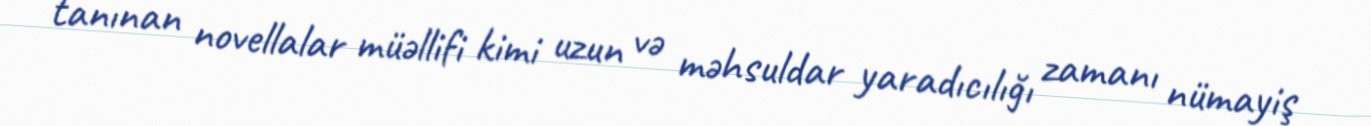
tanınan novellalar müəllifi kimi uzun və məhsuldar yaradıcılığı zamanı nümayiş